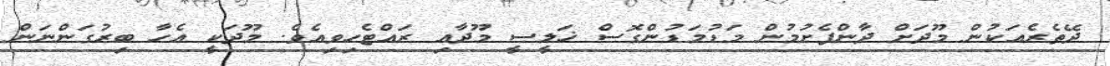
ދޭތެރެއަކުން މޫދަށް ދާންފެށުމުން މަޑުމަޑުންގޮސް ޚަލީސީ މޫދާއި ރައްޓެހިވިއެވެ. މޫދަކީ އެހާ ބިރުގަންނަން